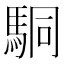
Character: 駧